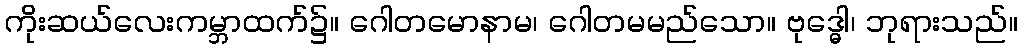
ကိုးဆယ်လေးကမ္ဘာထက်၌။ ဂေါတမောနာမ၊ ဂေါတမမည်သော။ ဗုဒ္ဓေါ၊ ဘုရားသည်။